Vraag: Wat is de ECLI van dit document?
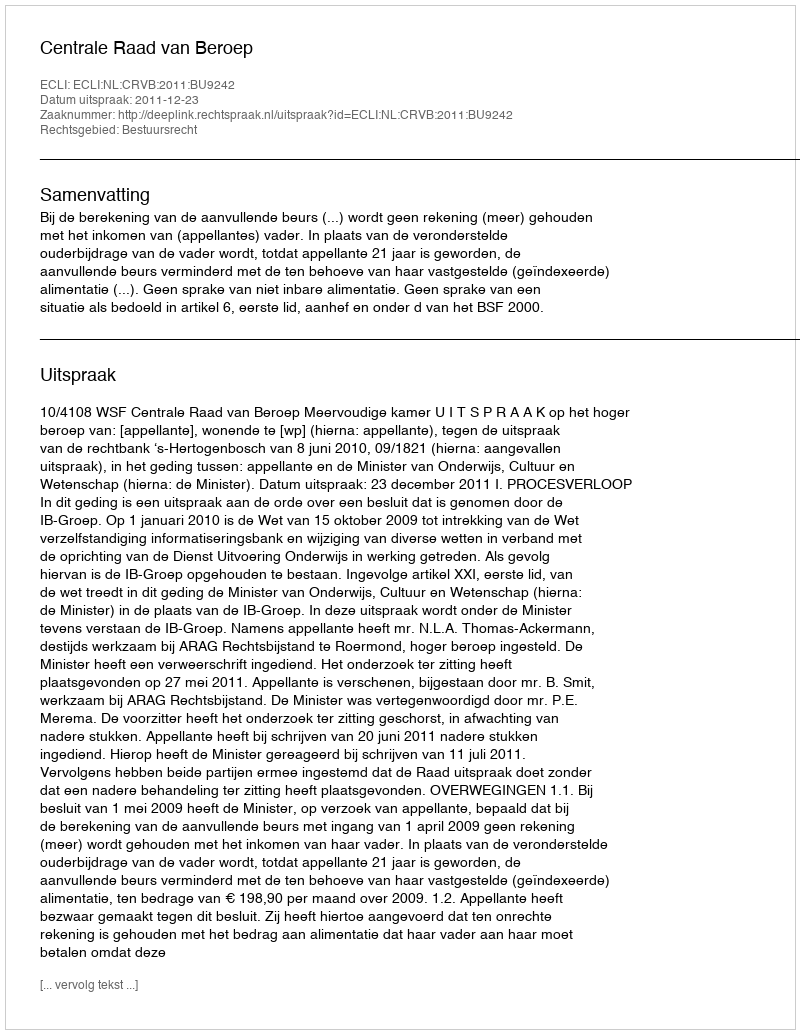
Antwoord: ECLI:NL:CRVB:2011:BU9242